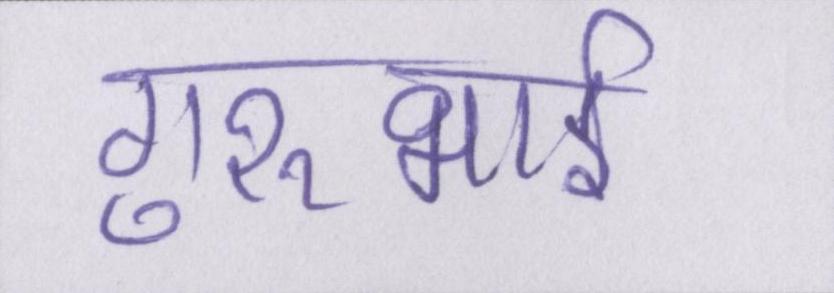
गुरुभाई